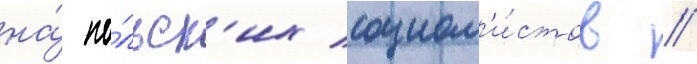
на́ по́льск'их социал'и́стов /